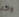
واكر